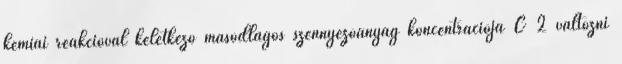
kémiai reakcióval keletkező másodlagos szennyezőanyag koncentrációja C 2 változni